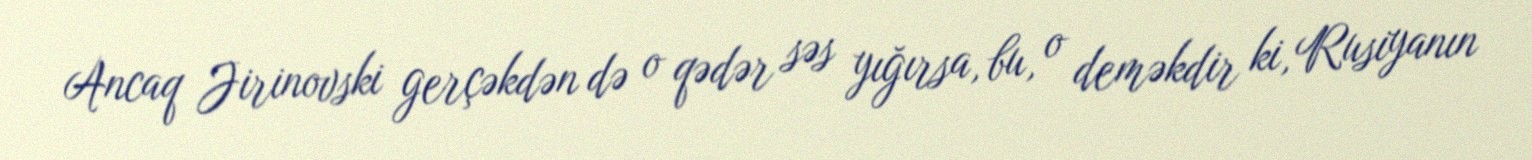
Ancaq Jirinovski gerçəkdən də o qədər səs yığırsa, bu, o deməkdir ki, Rusiyanın